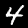
Label: 4